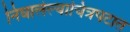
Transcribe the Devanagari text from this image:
निघालेल्याचित्रपटात